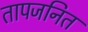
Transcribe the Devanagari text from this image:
तापजनित